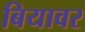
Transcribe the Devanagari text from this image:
बियावर